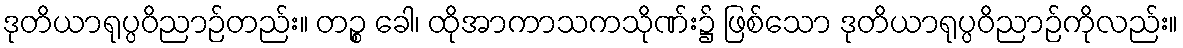
ဒုတိယာရုပ္ပဝိညာဉ်တည်း။ တဉ္စ ခေါ၊ ထိုအာကာသကသိုဏ်း၌ ဖြစ်သော ဒုတိယာရုပ္ပဝိညာဉ်ကိုလည်း။